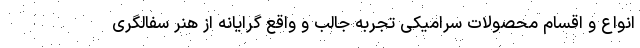
انواع و اقسام محصولات سرامیکی تجربه جالب و واقع گرایانه از هنر سفالگری